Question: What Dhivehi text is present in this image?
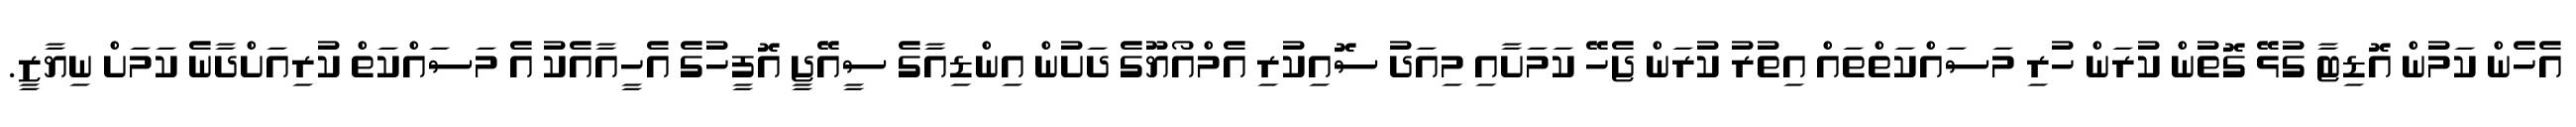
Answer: އެހެން ކަމުން އޮޑިޓާ ގުޅޭ ގޮތުން ކުރަން ހުރި މަސައްކަތްތައް އިތުރު ކުރަން ޖެހޭ ކަމަށާއި މިއަދު ސޮއިކުރި އެމްއޯޔޫގެ ދަށުން އިންޑިއާގެ ސީއޭޖީ އޮފީހުގެ އެހީއާއެކު އެ މަސައްކަތް ކުރިއަށްދާނެ ކަމަށް ނިޔާޒީ.